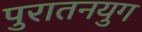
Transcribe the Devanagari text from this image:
पुरातनयुग